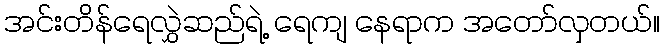
အင်းတိန်ရေလွှဲဆည်ရဲ့ ရေကျ နေရာက အတော်လှတယ်။